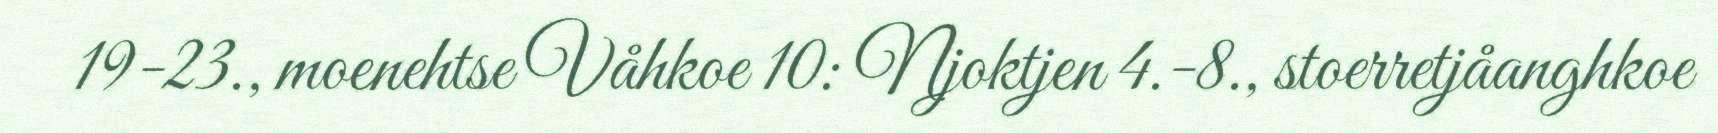
19-23., moenehtse Våhkoe 10: Njoktjen 4.-8., stoerretjåanghkoe